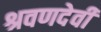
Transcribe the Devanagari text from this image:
श्रवणदेवी